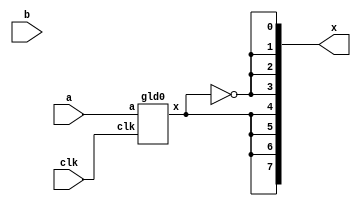
module gld(input clk,a,b, output [7:0] x) ;
    wire w ;
    gld0 U0(.clk(clk),.a(a),.x(w));
    assign x = {w,w,w,w, !w,!w,!w,!w };
endmodule // gld
module gld0(input clk,a,output reg x) ;
    always @(posedge clk) x <= a ;
endmodule // gld0

module rvs(input clk,a,b, output [7:0] x) ;
    rvs0 U0(.clk(clk),.a(a),.x(x));
endmodule // rvs
module rvs0(input clk,a,output reg [7:0] x) ;
    always @(posedge clk) x <= {a,a,a,a, a,a,a,a} ;
endmodule // rvs0